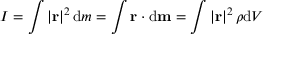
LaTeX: I = \int \left| \mathbf { r } \right| ^ { 2 } \mathrm { d } m = \int \mathbf { r } \cdot \mathrm { d } \mathbf { m } = \int \left| \mathbf { r } \right| ^ { 2 } \rho \mathrm { d } V